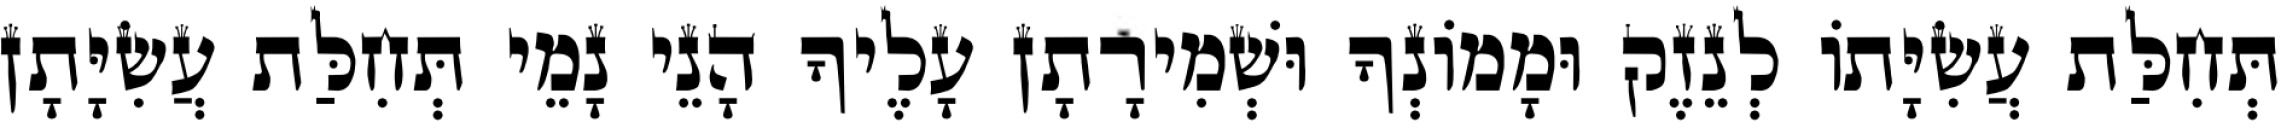
תְּחִלַּת עֲשִׂיָּתוֹ לְנֵזֶק וּמָמוֹנְךָ וּשְׁמִירָתָן עָלֶיךָ הָנֵי נָמֵי תְּחִלַּת עֲשִׂיָּתָן